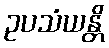
ဥပသံယန္တိ